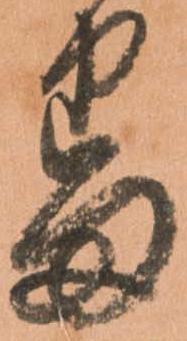
番